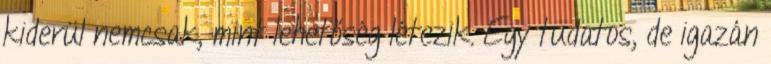
kiderül nemcsak, mint lehetőség létezik. Egy tudatos, de igazán